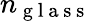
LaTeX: n_{\mathrm{~g~l~a~s~s~}}